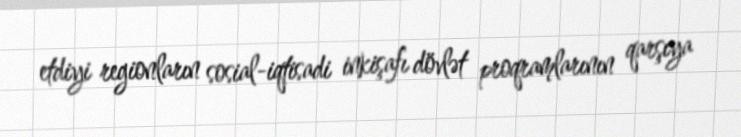
etdiyi regionların sosial-iqtisadi inkişafı dövlət proqramlarının qarşıya